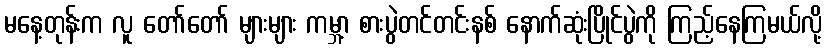
မနေ့တုန်းက လူ တော်တော် များများ ကမ္ဘာ့ စားပွဲတင်တင်းနစ် နောက်ဆုံးပြိုင်ပွဲကို ကြည့်နေကြမယ်လို့